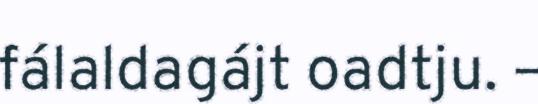
fálaldagájt oadtju. –